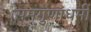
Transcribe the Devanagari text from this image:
समगुणाधर्मी